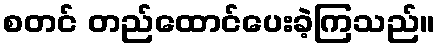
စတင် တည်ထောင်ပေးခဲ့ကြသည်။